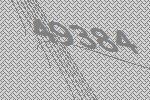
49384